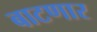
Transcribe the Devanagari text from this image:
बाटणार